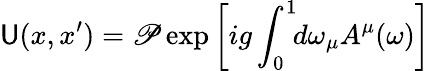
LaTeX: \mathsf{U}(x,x^{\prime})={\cal\mathscr{P}}\exp\left[ig\int_{0}^{1}\! \! d\omega_{\mu}A^{\mu}(\omega)\right]